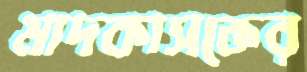
মাদকাসক্তের